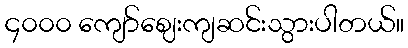
၄၀၀၀ ကျော်ဈေးကျဆင်းသွားပါတယ်။